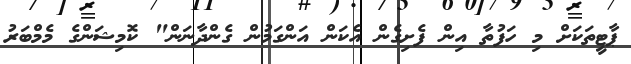
ޕާޓީތަކަށް މި ހަފުތާ އިން ފެށިގެން އެކަން އަންގަމުން ގެންދާނަން" ކޮމިޝަންގެ މެމްބަރު